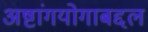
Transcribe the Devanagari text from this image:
अष्टांगयोगाबद्दल